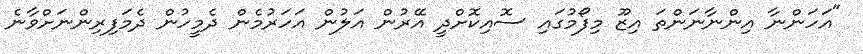
"އަހަންނާ އިންނާނަންތަ އިޒޫ މިފޯމުގައި ސޮއިކޮށްދީ އޭރުން އަލުން އަހަރުމެން ދެމީހުން ދެމަފިރިންނަށްވާނެ